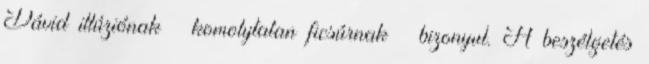
Dávid illúziónak – komolytalan ficsúrnak – bizonyul. A be­szél­getés